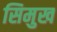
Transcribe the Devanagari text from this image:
सिमुख